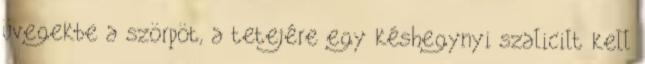
üvegekbe a szörpöt, a tetejére egy késhegynyi szalicilt kell